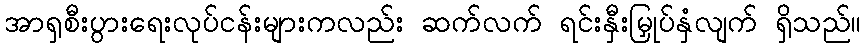
အာရှစီးပွားရေးလုပ်ငန်းများကလည်း ဆက်လက် ရင်းနှီးမြှုပ်နှံလျက် ရှိသည်။